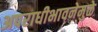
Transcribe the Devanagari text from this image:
अपराधीभावनेमुळे